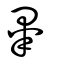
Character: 糳